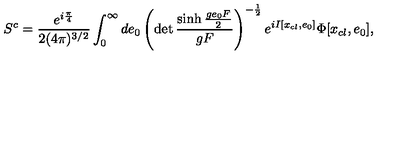
S ^ { c } = \frac { e ^ { i \frac { \pi } { 4 } } } { 2 ( 4 \pi ) ^ { 3 / 2 } } \int _ { 0 } ^ { \infty } d e _ { 0 } \left( \det \frac { \sinh \frac { g e _ { 0 } F } { 2 } } { g F } \right) ^ { - \frac { 1 } { 2 } } e ^ { i I [ x _ { c l } , e _ { 0 } ] } \Phi [ x _ { c l } , e _ { 0 } ] ,